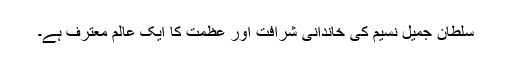
سلطان جمیل نسیم کی خاندانی شرافت اور عظمت کا ایک عالم معترف ہے۔